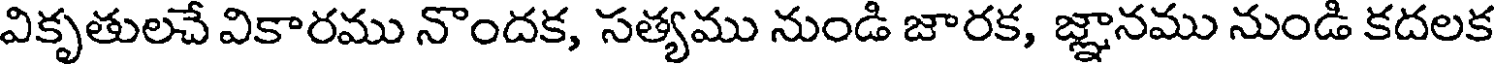
వికృతులచే వికారము నొందక, సత్యము నుండి జారక, జ్ఞానము నుండి కదలక